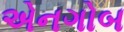
એનગોબ